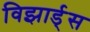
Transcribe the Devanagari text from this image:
विझार्ड्‌स